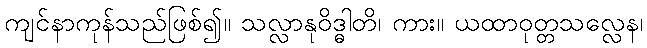
ကျင်နာကုန်သည်ဖြစ်၍။ သလ္လာနုဝိဒ္ဓါတိ၊ ကား။ ယထာဝုတ္တသလ္လေန၊